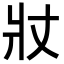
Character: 𭶾